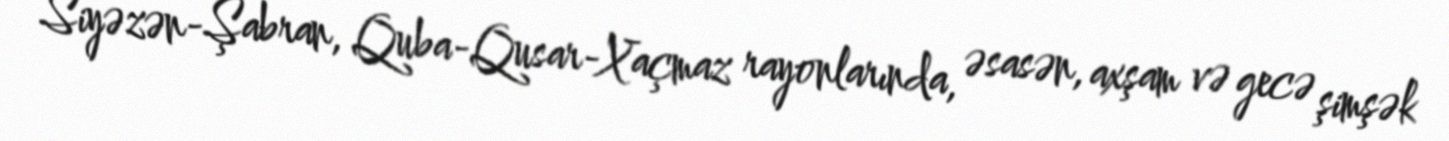
Siyəzən-Şabran, Quba-Qusar-Xaçmaz rayonlarında, əsasən, axşam və gecə şimşək